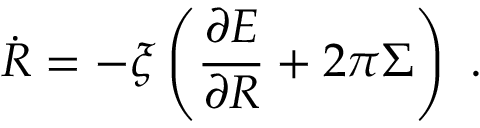
\dot { R } = - \xi \left( \frac { \partial E } { \partial R } + 2 \pi \Sigma \right) \ .